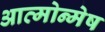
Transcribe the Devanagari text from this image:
आत्मोन्मेष